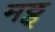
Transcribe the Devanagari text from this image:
मठ्ठ्